system: You are a helpful assistant.
user:
Analyze the provided spectrum to determine if it is a **Carbon Star (C-type)**.

- **Key Visual Indicators of Carbon Star:**
    - **(Primary):** Strong molecular absorption from **C₂ (diatomic carbon) "Swan Bands."** This is the **defining feature** of a carbon star.
        - **(Key Bandheads):** Sharp absorption edges are visible at approximately $5635$ Å, $5165$ Å (the strongest band), and $4737$ Å.
        - **(Line Profile):** Creates a distinct **"saw-tooth"** pattern. The key morphology is a sharp, steep bandhead on the **red (long-wavelength) side**, which then gradually tapers off (i.e., flux recovers) towards the **blue (short-wavelength) side**. *(This is the direct opposite of the TiO bands seen in M-type stars)*.

    - **(Secondary):** Intense **CN (cyanogen)** molecular absorption bands.
        - **(Key Bandheads):** Located in the blue and violet regions of the spectrum (e.g., near $4215$ Å and $3883$ Å).
        - **(Morphology):** These bands are extremely broad and act as a "blanket," absorbing the vast majority of blue and violet light. This creates a characteristic **"cliff"** or **"steep drop-off"** in the spectrum's flux at short wavelengths.

    - **(Key Confirmation):** Strong **CH absorption band (G-band)**.
        - **(Key Bandhead):** Located around $4300$ Å. The contribution from CH molecules to this band is exceptionally strong.

    - **(Overall Spectrum):**
        - The continuum is severely "chopped up" by these deep molecular bands, especially C₂, rather than appearing as a smooth curve.
        - Due to the heavy CN and C₂ absorption in the blue-green, the vast majority of the star's flux is concentrated in the red part of the spectrum, giving the star its characteristic deep red color.

Think first, call **spectral_visualization_tool** if needed to examine features in detail, then provide your final answer. Your response must adhere to the following strict rules:
1.  **Overall Structure:** Your response must follow the format `<think>...</think> <tool_call>...</tool_call> (if a tool is used) <answer>...</answer>`.
2.  **Tool Usage Constraint:** You may only make **one** tool call per turn.
3.  **Final Answer Format:** In the `<answer>` tag, your conclusion must be inside a `\boxed{}` command (e.g., `\boxed{YES}`), followed by your justification.

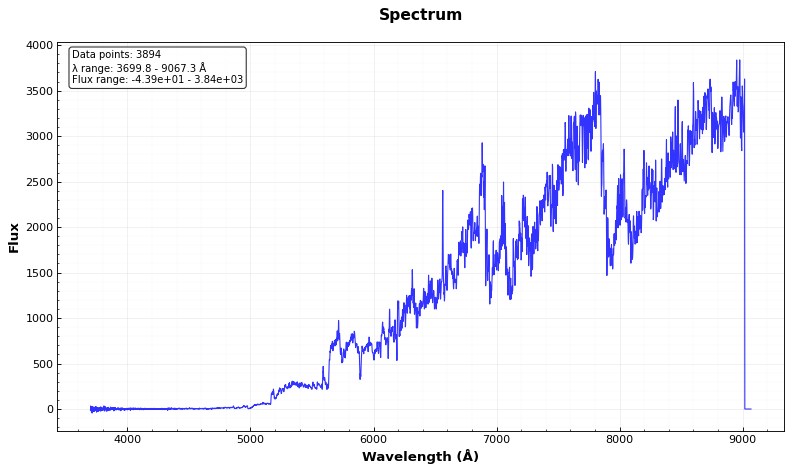
Answer: YES